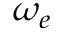
\omega _ { e }